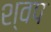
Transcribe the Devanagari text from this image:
श्वप